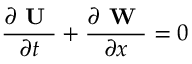
\frac { \partial \textbf { U } } { \partial t } + \frac { \partial \textbf { W } } { \partial x } = 0